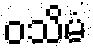
ဝသိမံ